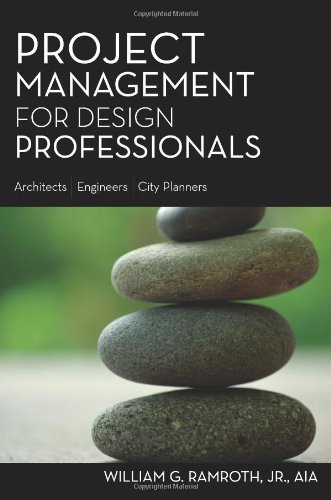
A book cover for Project Management for Design Professionals; William Ramroth; Arts & Photography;